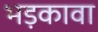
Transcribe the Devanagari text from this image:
भड़कावा